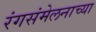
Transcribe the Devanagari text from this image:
रंगसंमेलनाच्या